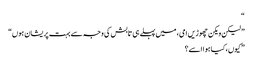
“
” لیکن ویکن چھوڑیں امی، میں پہلے ہی تابش کی وجہ سے بہت پریشان ہوں“
” کیوں، کیا ہوا اسے؟